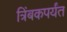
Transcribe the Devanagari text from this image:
त्रिंबकपर्यंत